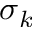
\sigma _ { k }